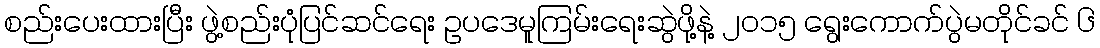
စည်းပေးထားပြီး ဖွဲ့စည်းပုံပြင်ဆင်ရေး ဥပဒေမူကြမ်းရေးဆွဲဖို့နဲ့ ၂၀၁၅ ရွေးကောက်ပွဲမတိုင်ခင် ၆